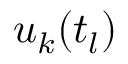
u _ { k } ( t _ { l } )